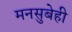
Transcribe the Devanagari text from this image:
मनसुबेही